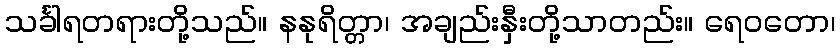
သင်္ခါရတရားတို့သည်။ နနုရိတ္တာ၊ အချည်းနှီးတို့သာတည်း။ ရေဝတော၊